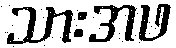
သားအဖ